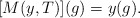
\begin{align*} [M(y,T)](g) = y(g). \end{align*}